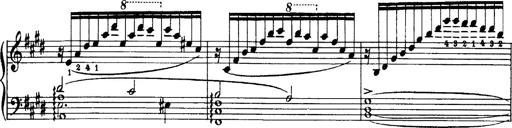
Title: OuvertÃ¼re zu TannhÃ¤user
Composer: Franz Liszt